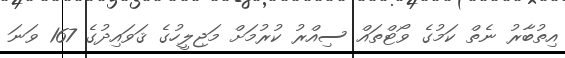
އިތުބާރު ނެތް ކަމުގެ ވޯޓްތައް ސިއްރު ކުރުމަށް މަޖިލީހުގެ ޤަވައިދުގެ 167 ވަނަ